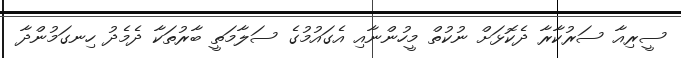
ސީރިއާ ސަރުކާރާ ދެކޮޅަށް ނުކުތް މީހުންނާއި އެގައުމުގެ ސަލާމަތީ ބާރުތަކާ ދެމެދު ހިނގަމުންދާ